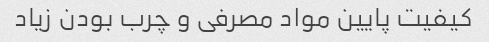
کیفیت پایین مواد مصرفی و چرب بودن زیاد